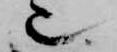
也